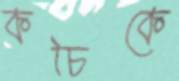
কচিকে